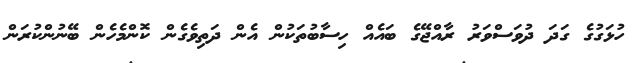
ހުޅަގުގެ ގަދަ ދުވަސްވަރު ރާއްޖޭގެ ބައެއް ހިސާބުތަކުން އެން ދަތިވެގެން ކޮންމެހެން ބޭނުންކުރަން